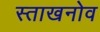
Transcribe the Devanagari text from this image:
स्ताखनोव